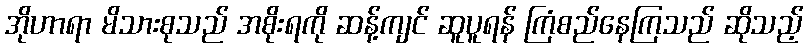
အိုဟာရာ မိသားစုသည် အစိုးရကို ဆန့်ကျင် ဆူပူရန် ကြံစည်နေကြသည် ဆိုသည့်